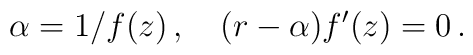
\alpha = 1/f(z)\, ,\quad (r-\alpha) f'(z) = 0\, .